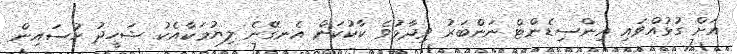
އަށް ގުޅުއްވައި އިންސިޑެންޓް ނަންބަރު ވިދާޅުވެ ކާކުކަން އެނގޭނެ ލިޔުމަކާއެކު ޝަހީދު ހުސައިން